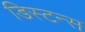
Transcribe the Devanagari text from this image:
डिस्‍टन्स